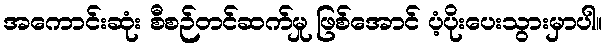
အကောင်းဆုံး စီစဉ်တင်ဆက်မှု ဖြစ်အောင် ပံ့ပိုးပေးသွားမှာပါ။